Annual administration and progress report of the Indian Medical Department, Bombay
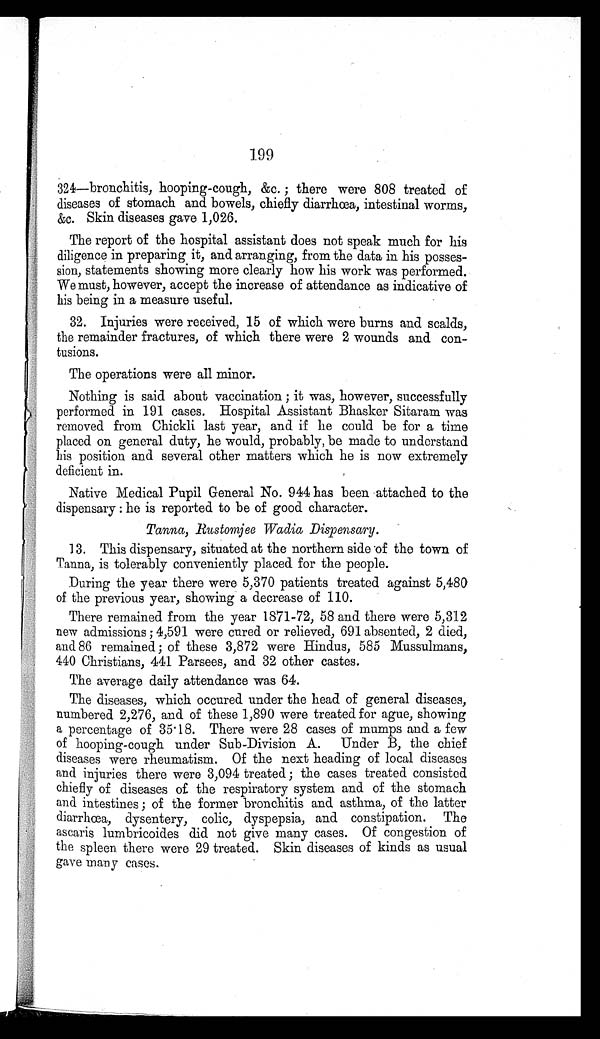
199
324—bronchitis, hooping-cough, &c. ; there were 808 treated of
diseases of stomach and bowels, chiefly diarrhœa, intestinal worms,
&c. Skin diseases gave 1,026.
The report of the hospital assistant does not speak much for his
diligence in preparing it, and arranging, from the data in his posses
- s i o n , s t a t e m e n t s s h o w i n g m o r e c l e a r l y h o w h i s w o r k w a s p e r f o r m e d .
We must, however, accept the increase of attendance as indicative of
his being in a measure useful.
32. Injuries were received, 15 of which were burns and scalds,
the remainder fractures, of which there were 2 wounds and con
- t u s i o n s .
The operations were all minor.
Nothing is said about vaccination; it was, however, successfully
performed in 191 cases. Hospital Assistant Bhasker Sitaram was
removed from Chickli last year, and if he could be for a time
placed on general duty, he would, probably, be made to understand
his position and several other matters which he is now extremely
deficient in.
Native Medical Pupil General No. 944 has been attached to the
dispensary: he is reported to be of good character.
Tanna, Rustomjee Wadia Dispensary.
13. This dispensary, situated at the northern side of the town of
Tanna, is tolerably conveniently placed for the people.
During the year there were 5,370 patients treated against 5,480
of the previous year, showing a decrease of 110.
There remained from the year 1871-72, 58 and there were 5,312
new admissions; 4,591 were cured or relieved, 691 absented, 2 died,
and 86 remained; of these 3,872 were Hindus, 585 Mussulmans,
440 Christians, 441 Parsees, and 32 other castes.
The average daily attendance was 64.
The diseases, which occured under the head of general diseases,
numbered 2,276, and of these 1,890 were treated for ague, showing
a percentage of 35.18. There were 28 cases of mumps and a few
of hooping-cough under Sub-Division A. Under B, the chief
diseases were rheumatism. Of the next heading of local diseases
and injuries there were 3,094 treated; the cases treated consisted
chiefly of diseases of the respiratory system and of the stomach
and intestines; of the former bronchitis and asthma, of the latter
diarrhœa, dysentery, colic, dyspepsia, and constipation. The
ascaris lumbricoides did not give many cases. Of congestion of
the spleen there were 29 treated. Skin diseases of kinds as usual
gave many cases.